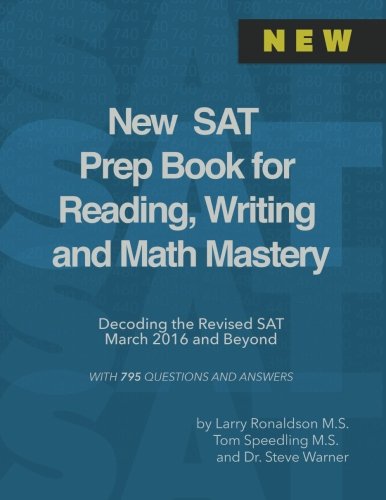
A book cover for New SAT Prep Book for Reading, Writing and Math Mastery: Decoding the Revised SAT March 2016 and Beyond; Steve Warner; Test Preparation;